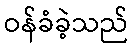
ဝန်ခံခဲ့သည်